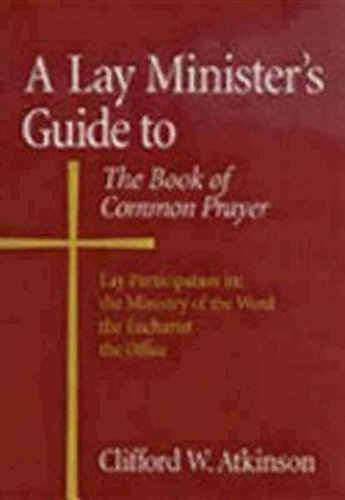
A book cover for A Lay Minister's Guide to the Book of Common Prayer; Clifford W. Atkinson; Christian Books & Bibles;